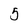
Character: 5